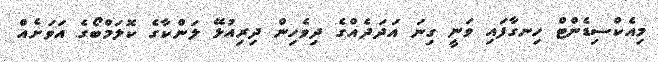
މިއެކްސިޑެންޓް ހިނގާފައި ވަނީ ގިނަ އަދަދެއްގެ ދިވެހިން ދިރިއުޅޭ ލަންކާގެ ކޮލަމްބޯގެ އަވަށެއް